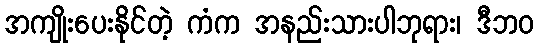
အကျိုးပေးနိုင်တဲ့ ကံက အနည်းသားပါဘုရား၊ ဒီဘဝ